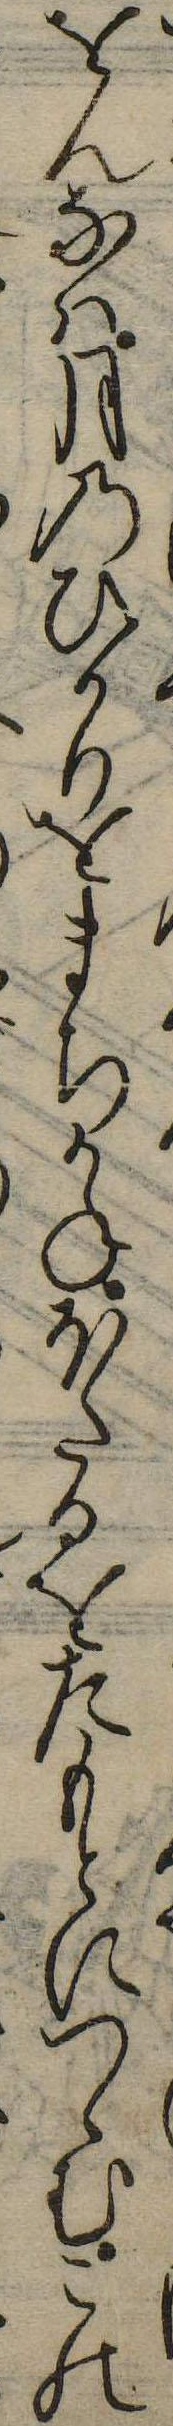
をんなは月のひかりをまちかねほたるをたもとにつゝむこの